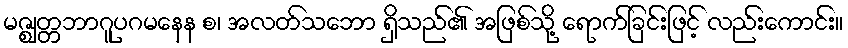
မဇ္ဈတ္တဘာဂူပဂမနေန စ၊ အလတ်သဘော ရှိသည်၏ အဖြစ်သို့ ရောက်ခြင်းဖြင့် လည်းကောင်း။